Leaving Certificate Examination (including Day School Certificate (Higher) General paper), 1938
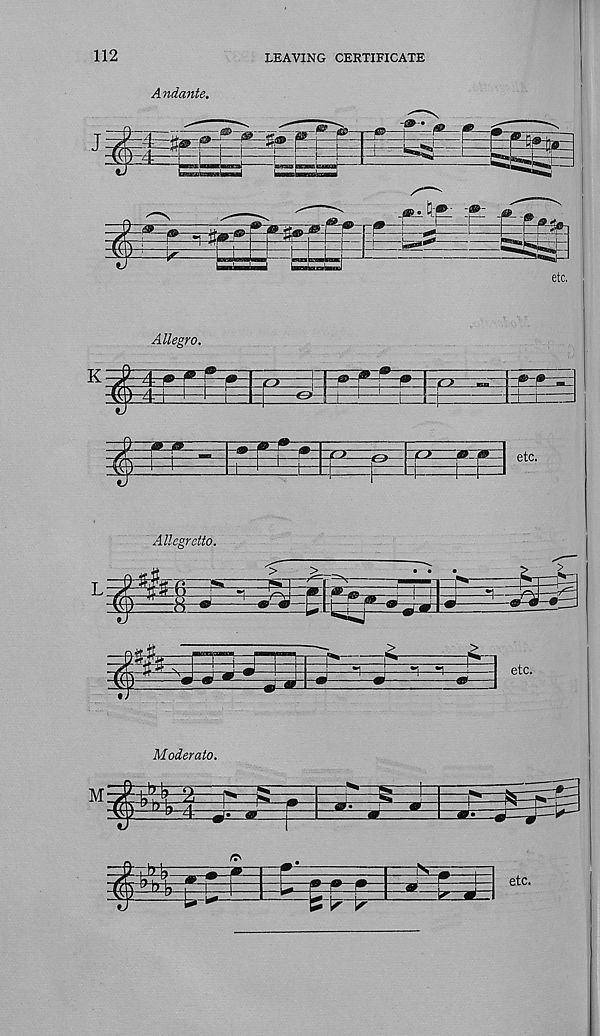
LEAVING CERTIFICATE
112
Andante.
Moderate.
M
zpae
m -P-
-U-^-
:k-^i
etc.